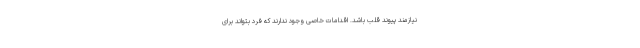
نیازمند پیوند قلب باشد. اقدامات خاصی وجود ندارند که فرد بتواند برای